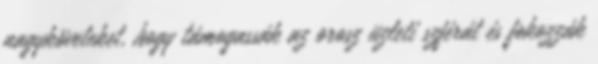
nagyköveteket, hogy támogassák az orosz üzleti szférát és fokozzák